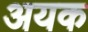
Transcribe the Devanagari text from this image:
अयक